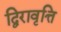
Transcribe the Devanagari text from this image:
द्विरावृत्ति